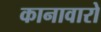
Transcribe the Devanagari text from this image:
कानावारो